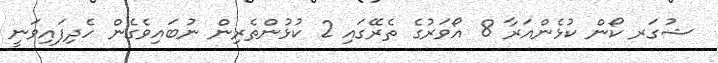
ޝުގަރ ކޯން ކުޅެންއަރާ 8 އޯވަރުގެ ތެރޭގައި 2 ކުޅުންތެރިން ނުބައިވެގެން ހެދިފައިވަނީ